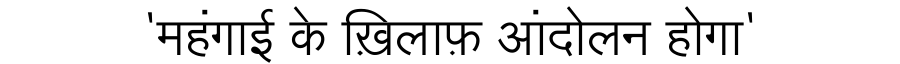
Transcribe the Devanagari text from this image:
'महंगाई के ख़िलाफ़ आंदोलन होगा'